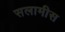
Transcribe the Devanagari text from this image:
सलामीस